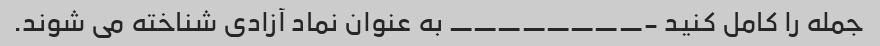
جمله را کامل کنید -________ به عنوان نماد آزادی شناخته می شوند.